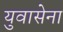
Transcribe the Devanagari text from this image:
युवासेना